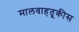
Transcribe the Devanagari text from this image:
मालवाहतूकीस